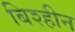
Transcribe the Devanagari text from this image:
बिश्हीन